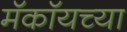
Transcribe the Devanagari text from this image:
मॅकॉयच्या